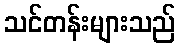
သင်တန်းများသည်